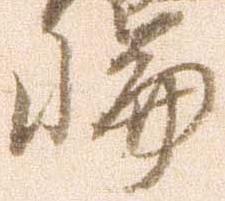
輪